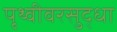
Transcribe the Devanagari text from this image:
पृथ्वीवरसुद्धा